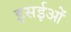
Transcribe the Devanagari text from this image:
इसईओं